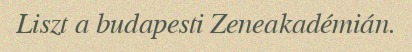
Liszt a budapesti Zeneakadémián.